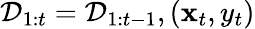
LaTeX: \mathcal{D}_{1:t}=\mathcal{D}_{1:t-1},\left(\mathbf{x}_{t},y_{t}\right)